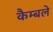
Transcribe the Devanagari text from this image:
कैम्बले